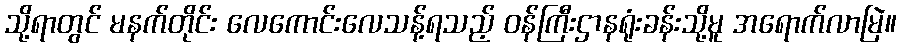
သို့ရာတွင် မနက်တိုင်း လေကောင်းလေသန့်ရသည့် ဝန်ကြီးဌာနရုံးခန်းသို့မူ အရောက်လာမြဲ။